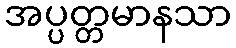
အပ္ပတ္တမာနသာ